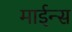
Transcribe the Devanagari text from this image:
माईन्स